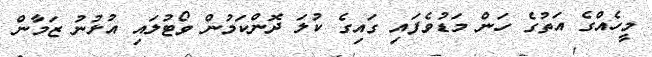
މީހެއްގެ އަތުގެ ހަން މަޑުވެފައި ގައިގެ ކުލަ ދޮންކަމުން ވޯޓުލައި އުޅުނު ޒަމާން